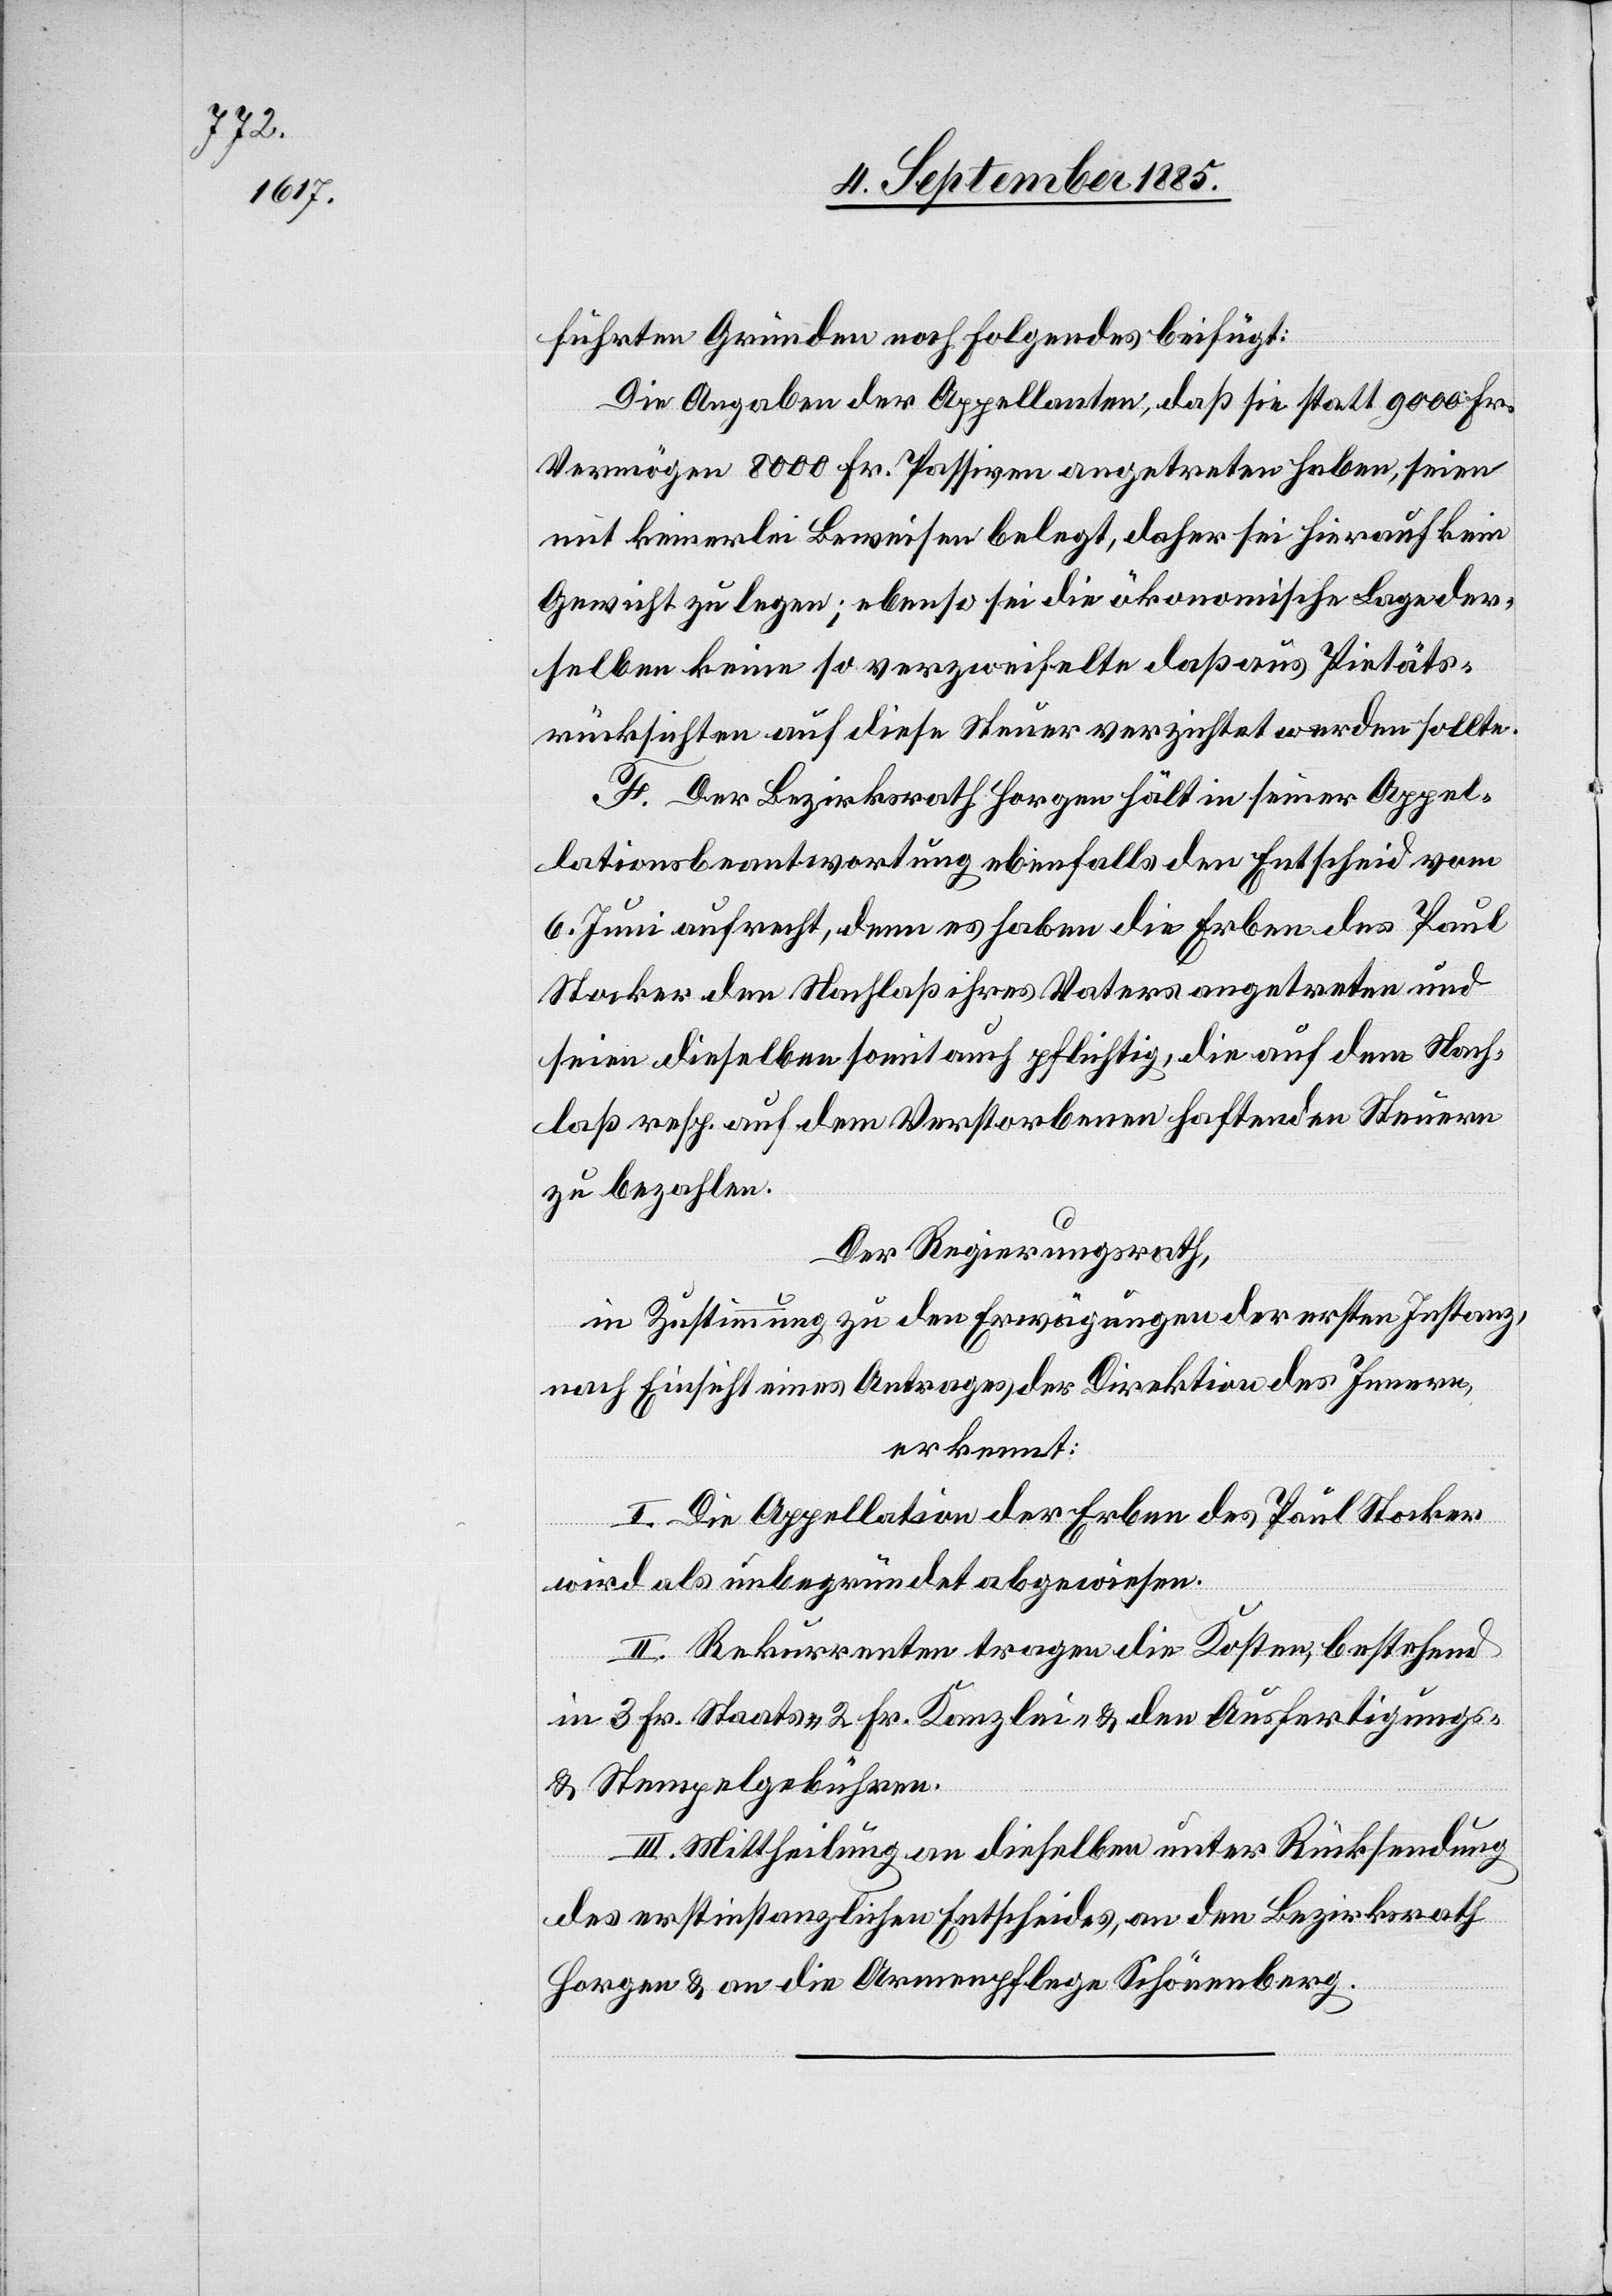
führten Gründen noch Folgendes beifügt:
Die Angaben der Appellanten, daß sie statt 9000 Fr.
Vermögen 8000 Fr. Passiven angetreten haben, seien
mit keinerlei Beweisen belegt, daher sei hierauf kein
Gewicht zu legen; ebenso sei die ökonomische Lage der¬
selben keine so verzweifelte daß aus Pietäts¬
rücksichten auf diese Steuer verzichtet werden sollte.
F. Der Bezirksrath Horgen hält in seiner Appel¬
lationsbeantwortung ebenfalls den Entscheid vom
6. Juni aufrecht, denn es haben die Erben des Paul
Stocker den Nachlaß ihres Vaters angetreten und
seien dieselben somit auch pflichtig, die auf dem Nach¬
laß resp. auf dem Verstorbenen haftenden Steuern
zu bezahlen.
Der Regierungsrath,
in Zustimmung zu den Erwägungen der ersten Instanz,
nach Einsicht eines Antrages der Direktion des Innern,
erkennt:
I. Die Appellation der Erben des Paul Stocker
wird als unbegründet abgewiesen.
II. Rekurrenten tragen die Kosten, bestehend
in 3 Fr. Staats-[,] 2 Fr. Kanzlei- & den Ausfertigungs-
& Stempelgebühren.
III. Mittheilung an dieselben unter Rücksendung
des erstinstanzlichen Entscheides, an den Bezirksrath
Horgen & an die Armenpflege Schönenberg.